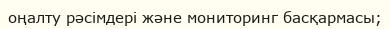
оңалту рәсімдері және мониторинг басқармасы;